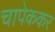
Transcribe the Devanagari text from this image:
चापेककर